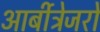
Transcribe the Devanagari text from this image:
आर्बीट्रेजरों